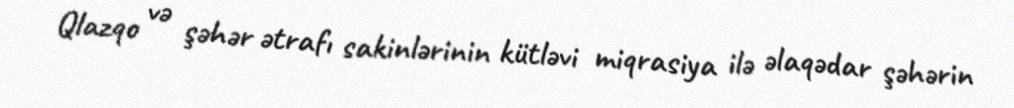
Qlazqo və şəhər ətrafı sakinlərinin kütləvi miqrasiya ilə əlaqədar şəhərin